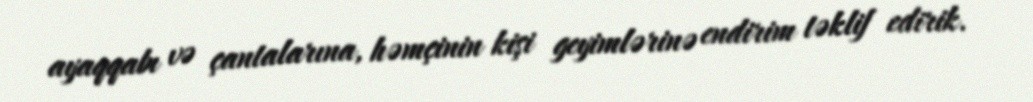
ayaqqabı və çantalarına, həmçinin kişi geyimlərinə endirim təklif edirik.